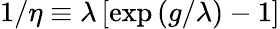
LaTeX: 1/\eta\equiv\lambda\left[\exp\left(g/\lambda\right)-1\right]